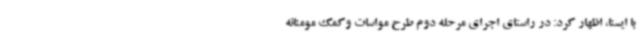
با ایسنا، اظهار کرد: در راستای اجرای مرحله دوم طرح مواسات وکمک مومنانه